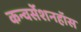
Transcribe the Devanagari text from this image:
कन्वर्सेशनहॉस